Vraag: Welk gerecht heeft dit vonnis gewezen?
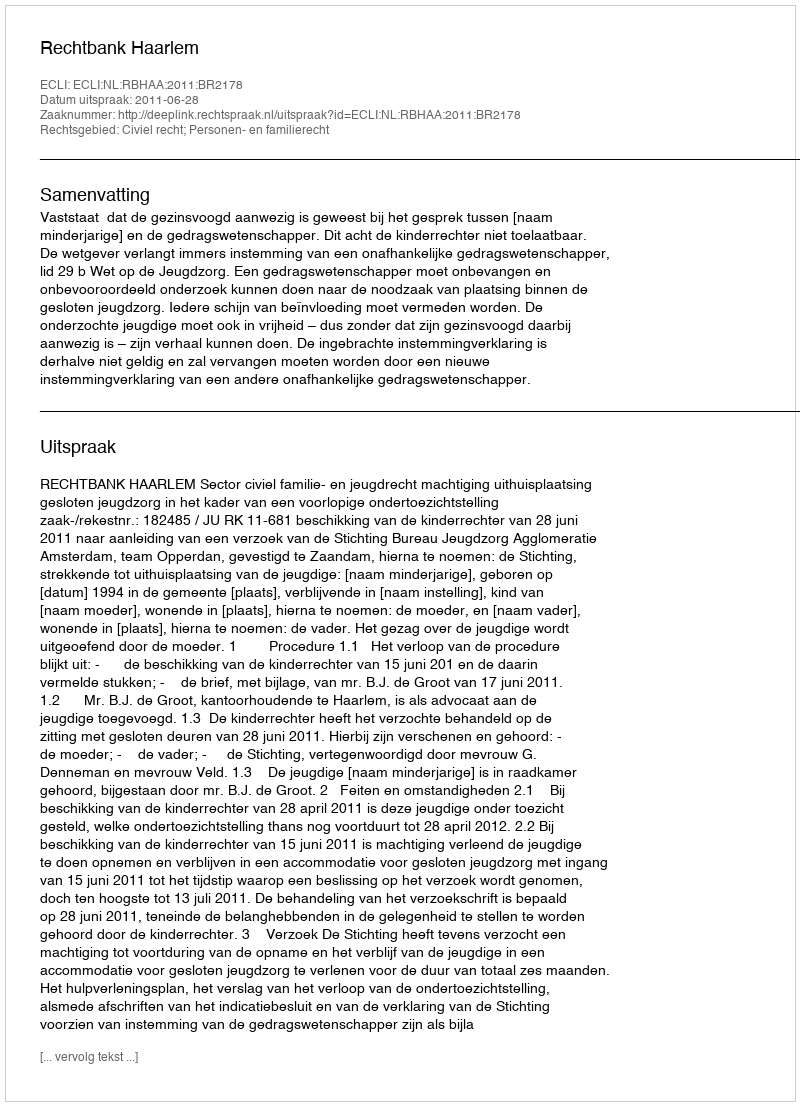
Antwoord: Rechtbank Haarlem